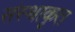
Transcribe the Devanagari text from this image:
संस्थाकृत